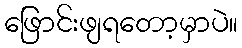
ဖြောင်းဖျရတော့မှာပဲ။